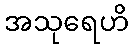
အသုရေဟိ